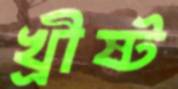
খ্রীষ্ট